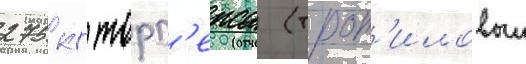
275 кг торп'екса (трот'иловыи